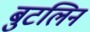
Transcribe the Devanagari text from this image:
बुटलिन